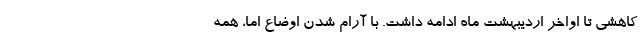
کاهشی تا اواخر اردیبهشت ماه ادامه داشت. با آرام شدن اوضاع اما، همه